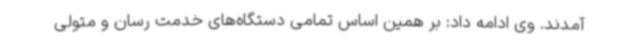
آمدند. وی ادامه داد: بر همین اساس تمامی دستگاه‌های خدمت رسان و متولی